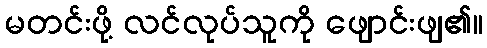
မတင်းဖို့ လင်လုပ်သူကို ဖျောင်းဖျ၏။